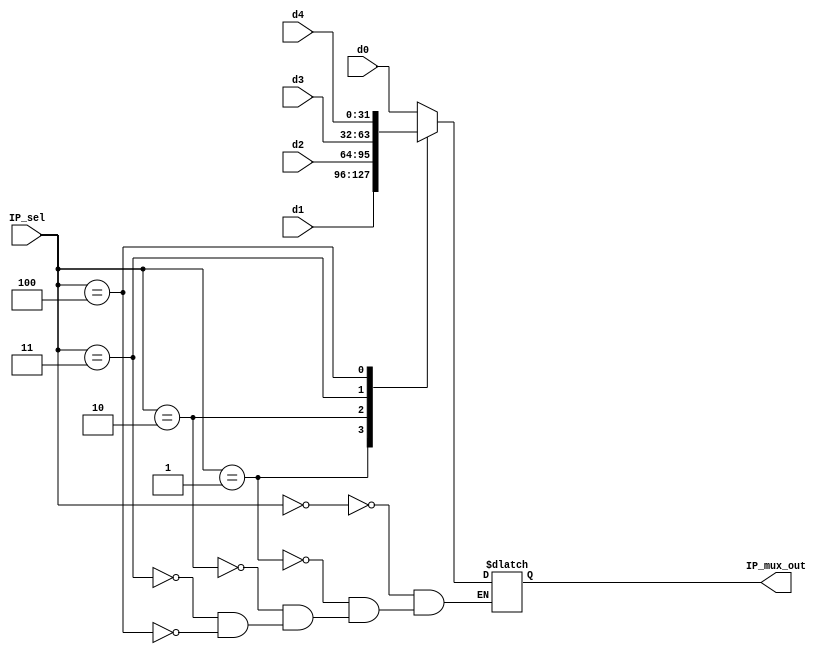
`timescale 1ns / 1ps
//////////////////////////////////////////////////////////////////////////////////
// Company: 
// Engineer: 
// 
// Design Name: 
// Module Name:    IP_mux 
// Project Name: 
// Target Devices: 
// Tool versions: 
// Description: 
//
// Dependencies: 
//
// Revision: 
// Revision 0.01 - File Created
// Additional Comments: 
//
//////////////////////////////////////////////////////////////////////////////////
module IP_mux(d4, d3, d2, d1, d0, IP_sel,IP_mux_out);
	input [31:0] d4, d3,d2,d1,d0;
	input [2:0] IP_sel;
	output[31:0] IP_mux_out;
	reg [31:0]IP_mux_out;
	
   always@(d4,d3,d2,d1,d0, IP_sel)
    case(IP_sel)
      3'b000: IP_mux_out=d0;
		3'b001: IP_mux_out=d1;
		3'b010: IP_mux_out=d2;
		3'b011: IP_mux_out=d3;
		3'b100: IP_mux_out=d4;
		default: IP_mux_out = IP_mux_out;
  
    endcase


endmodule